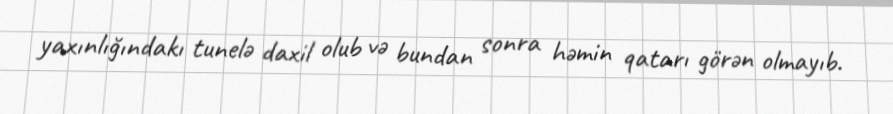
yaxınlığındakı tunelə daxil olub və bundan sonra həmin qatarı görən olmayıb.